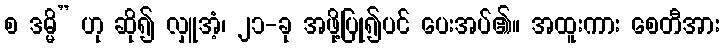
စ ဒမ္မိ” ဟု ဆို၍ လှူအံ့၊ ၂၁-ခု အဖို့ပြု၍ပင် ပေးအပ်၏။ အထူးကား စေတီအား